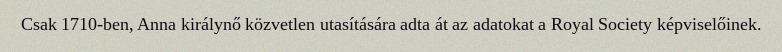
Csak 1710-ben, Anna királynő közvetlen utasítására adta át az adatokat a Royal Society képviselőinek.